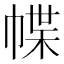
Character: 幉